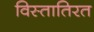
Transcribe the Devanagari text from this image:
विस्तातिरत